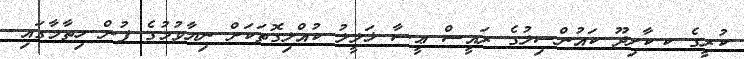
ކުރީގެ ކ.ކާށިދޫ ކައުންސިލުގެ ރައީސް ޢީސާ ޚަލީލު ކުއްލިގޮތަކަށް ނިޔާވުމުގެ ފުން ހިތާމާގައި